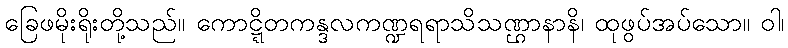
ခြေဖမိုးရိုးတို့သည်။ ကောဋ္ဋိတကန္ဒလကဏ္ဍရရာသိသဏ္ဌာနာနိ၊ ထုဖွပ်အပ်သော။ ဝါ၊